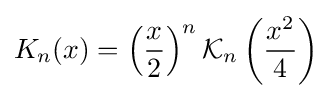
K_{n}(x)=\left({\frac {x}{2}}\right)^{n}{\mathcal {K}}_{n}\left({\frac {x^{2}}{4}}\right)